Indian Medical Review
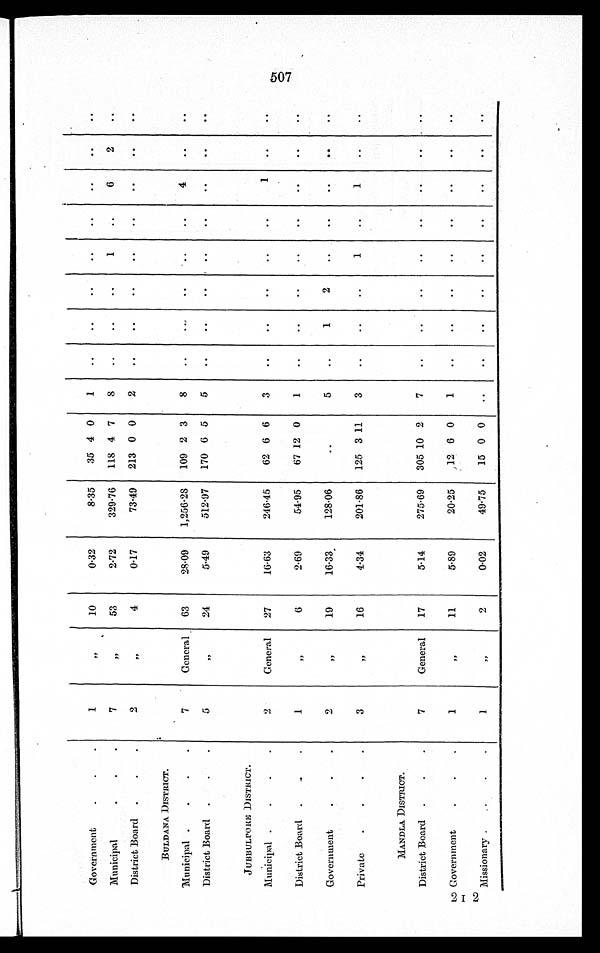
Government
1
"
10
0.32
8.35
35 4 0
1
..
..
..
..
..
. .
. .
. .
Municipal
7
" 53
2.72
329.76 118 4 7
8
..
..
..
1
..
6
2
. .
District Board
2
"
4
0.17
73.49 213 0 0
2
..
..
..
..
..
. .
. .
. .
BULDANA DISTRICT.
Municipal
7
General
63
28.09
1,256.28 109 2 3
8
..
. .
..
. .
..
4
. .
. .
District Board
5
" 24
5.49
512.97
170 6 5
5
..
..
..
..
..
. .
. .
. .
JUBBULPORE DISTRICT.
Municipal
2
General
27
16.63
246.45
62 6 6
3
..
..
..
..
..
1
..
..
District Board
1
" 6
2.69
54.95
67 12 0
1
..
..
..
..
..
. .
. .
. .
Government
2
"
19
16.33
128.06
..
5
..
1
2
..
..
. .
. .
. .
Private
3
"
16
4.34
201.86
125 3 11
3
..
..
..
1
..
1
..
..
MANDLA DISTRICT.
District Board
7
General
17
5.14
275.69 305 10 2
7
..
..
..
..
..
..
..
..
Government
1
"
11
5.89
20.25
12 6 0
1
..
. .
. .
..
..
..
..
..
Missionary
1
"
2
0.02
49.75
15 0 0
..
. .
. .
. .
. .
. .
. .
. .
. .